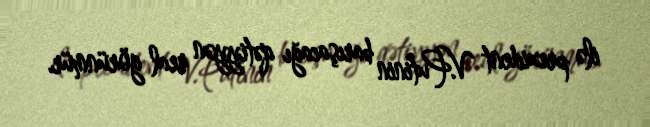
ilə prezident V.Putinin barışacağı qətiyyən real görünmür.